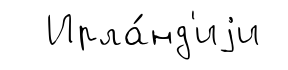
Ирла́нд'иjи